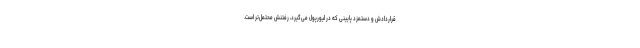
قراردادش و دستمزد پایینی که در لیورپول می‌گیرد، رفتنش محتمل‌تر است.